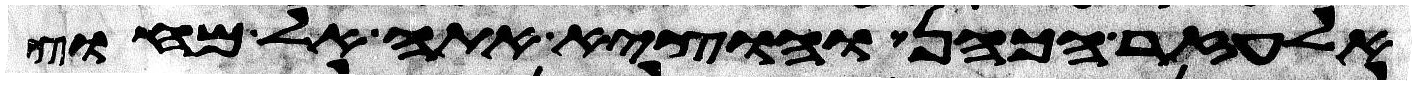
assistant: אלעזר הכהן והוציא אתה אל מחוץ